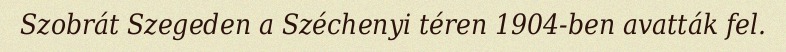
Szobrát Szegeden a Széchenyi téren 1904-ben avatták fel.